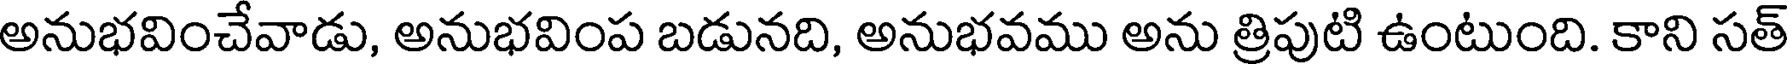
అనుభవించేవాడు, అనుభవింప బడునది, అనుభవము అను త్రిపుటి ఉంటుంది. కాని సత్